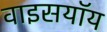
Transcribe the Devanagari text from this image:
वाइसयॉय